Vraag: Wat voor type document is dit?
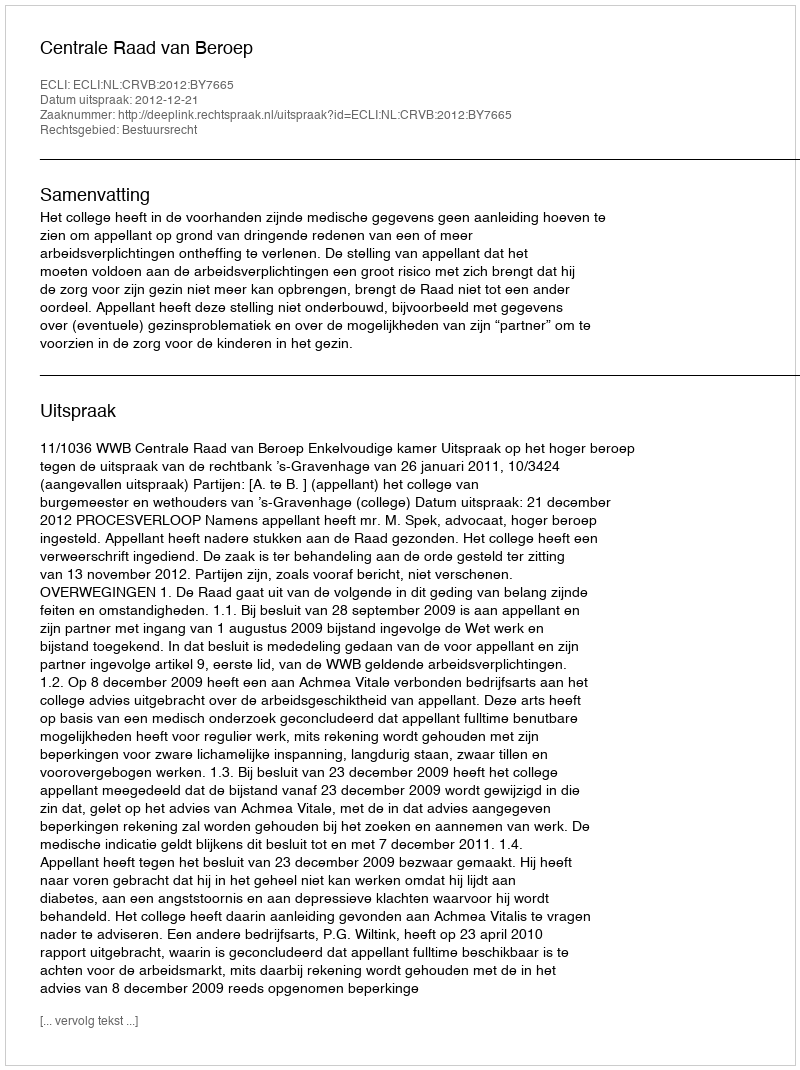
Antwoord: Uitspraak